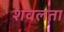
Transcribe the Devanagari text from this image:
शवलता